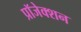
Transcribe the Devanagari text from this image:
प्रॉजेक्शन